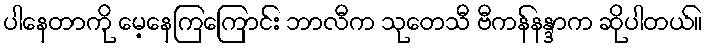
ပါနေတာကို မေ့နေကြကြောင်း ဘာလီက သုတေသီ ဗီကန်နန္ဒာက ဆိုပါတယ်။